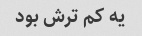
یه کم ترش بود